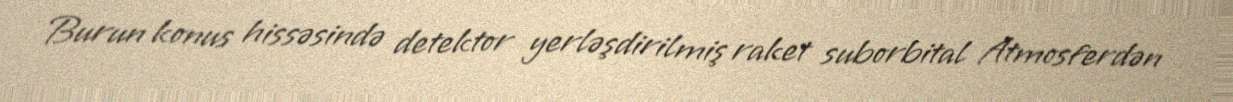
Burun konus hissəsində detektor yerləşdirilmiş raket suborbital Atmosferdən